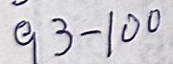
93 - 100